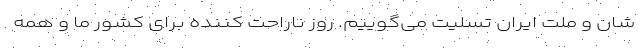
شان و ملت ایران تسلیت می‌گوییم. روز ناراحت کننده برای کشور ما و همه